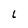
Character: L